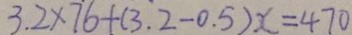
3 . 2 \times 7 6 + ( 3 . 2 - 0 . 5 ) x = 4 7 0